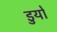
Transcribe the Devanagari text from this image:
डुयो